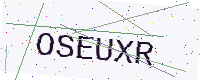
Text: OSEUXR